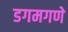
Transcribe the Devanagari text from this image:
डगमगणे